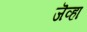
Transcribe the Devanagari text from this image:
जॆव्हा